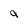
Character: g